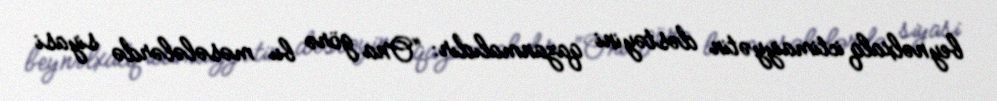
beynəlxalq ictimaiyyətin dəstəyini qazanmalıdır: “Ona görə bu məsələlərdə siyasi